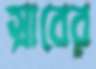
স্রাবের